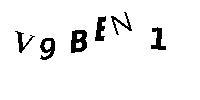
V9BEN1